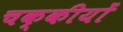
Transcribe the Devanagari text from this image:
चक्कीयों